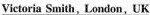
Victoria Smith, London, UK